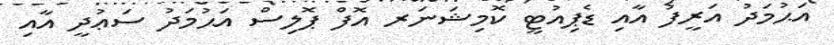
އަޙުމަދު އަރީފު އާއި ޑެޕިއުޓީ ކޮމިޝަނަރ އޮފް ޕޮލިސް އަޙުމަދު ސަޢުދީ އާއި